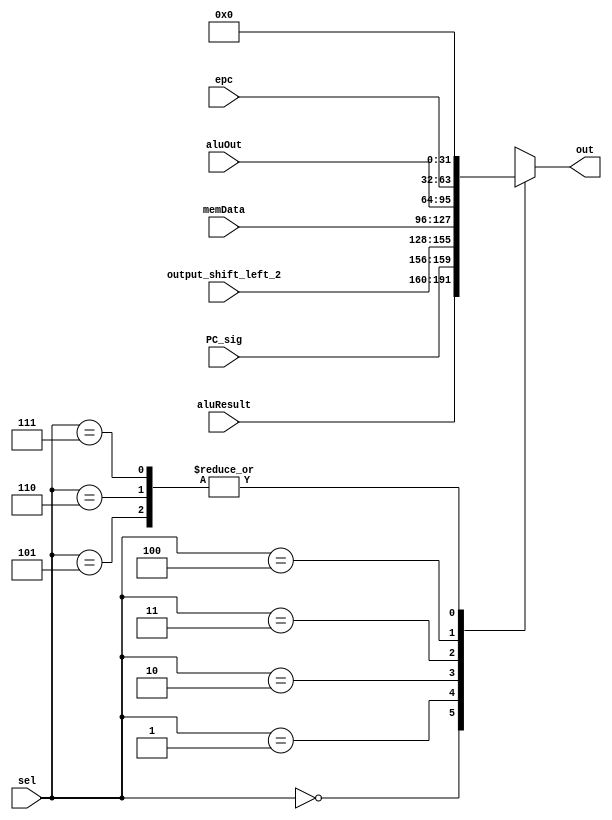
module mux_pcsource(input wire [31:0] aluResult,
                     input wire [3:0] PC_sig,
                     input wire [27:0] output_shift_left_2,
                     input wire [31:0] memData,
		                 input wire [31:0] aluOut,
                     input wire [31:0] epc,
                     input wire [2:0] sel,
                     output reg [31:0] out
                     );
  
  always@(*) begin
    case (sel)
      3'b000: out = aluResult;
      3'b001: out = {PC_sig, output_shift_left_2};
      3'b010: out = memData;
      3'b011: out = aluOut;
      3'b100: out = epc;
      3'b101: out = 32'b0;
      3'b110: out = 32'b0;
      3'b111: out = 32'b0;
    endcase
  end
endmodule